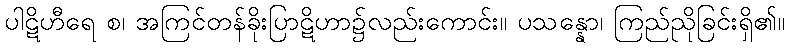
ပါဋိဟီရေ စ၊ အကြင်တန်ခိုးပြာဋိဟာ၌လည်းကောင်း။ ပသန္နော၊ ကြည်ညိုခြင်းရှိ၏။